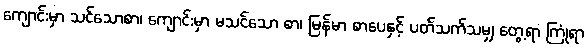
ကျောင်းမှာ သင်သောစာ၊ ကျောင်းမှာ မသင်သော စာ၊ မြန်မာ စာပေနှင့် ပတ်သက်သမျှ တွေ့ရာ ကြုံရာ